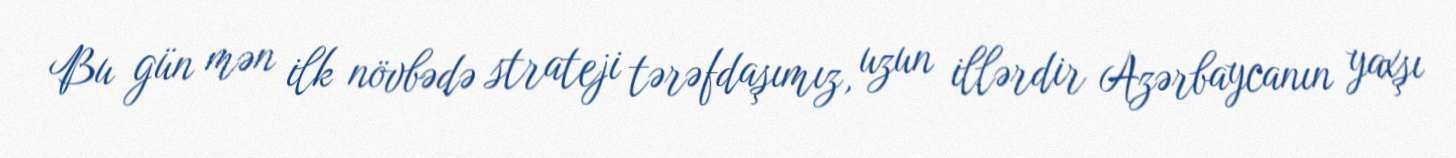
Bu gün mən ilk növbədə strateji tərəfdaşımız, uzun illərdir Azərbaycanın yaxşı